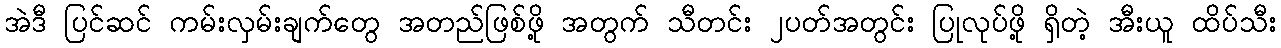
အဲဒီ ပြင်ဆင် ကမ်းလှမ်းချက်တွေ အတည်ဖြစ်ဖို့ အတွက် သီတင်း ၂ပတ်အတွင်း ပြုလုပ်ဖို့ ရှိတဲ့ အီးယူ ထိပ်သီး